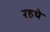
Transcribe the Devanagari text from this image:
रहथे